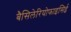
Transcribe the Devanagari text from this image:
बैसिलेरियोफाइसिई